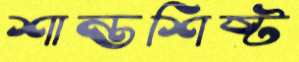
শান্তশিষ্ট